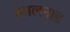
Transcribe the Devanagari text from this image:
कालनाड